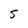
Character: S